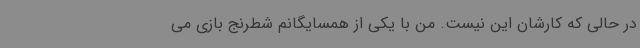
در حالی که کارشان این نیست. من با یکی از همسایگانم شطرنج بازی می‌